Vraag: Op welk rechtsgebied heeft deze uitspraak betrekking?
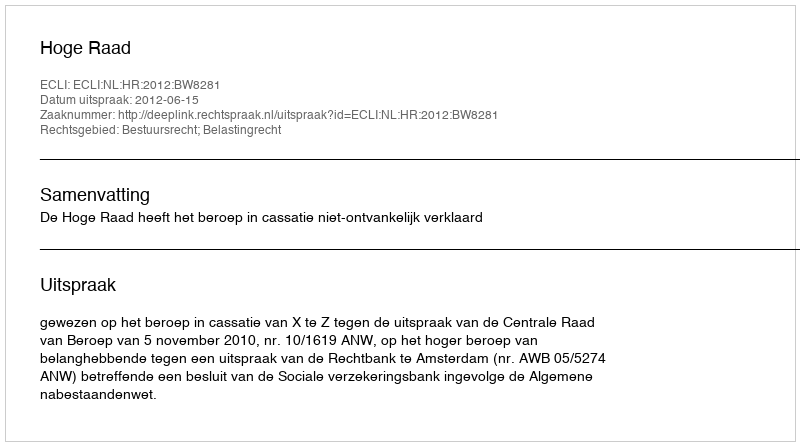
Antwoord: Bestuursrecht; Belastingrecht